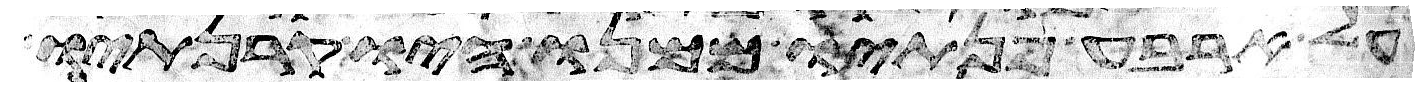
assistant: על ארבע פנתיו ממנו היו קרנתיו